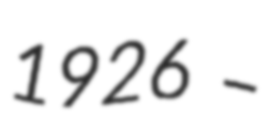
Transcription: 1926 –